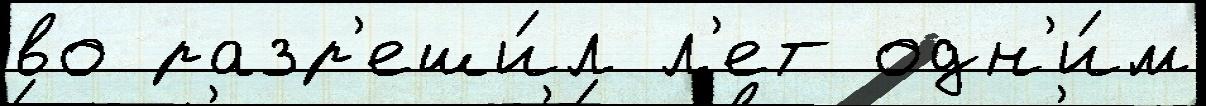
во разр'еши́л л'ет одн'и́м